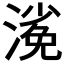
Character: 𣻖